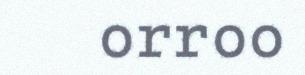
orroo